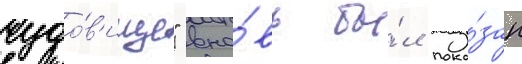
чудо́в'ище" вно́вь бы́л пока́зан